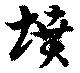
墳